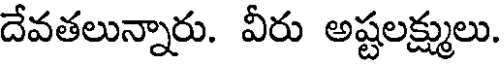
దేవతలున్నారు. వీరు అష్టలక్ష్ములు.